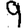
Digit: 9